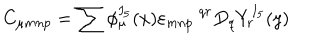
C _ { \mu m n p } = \sum \phi _ { \mu } ^ { I _ { 5 } } ( x ) \varepsilon _ { m n p } ^ { \: \: \: \: \: \: \: \: q r } D _ { q } Y _ { r } ^ { I _ { 5 } } ( y )